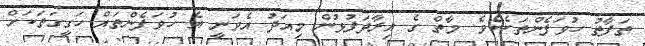
ތަފާތު ހުވަފެންތަކެކެވެ. މާތް ގެ އިރާދަފުޅުން މިއަދު އެވަނީ އެ ހުވަފެންތައް ހަގީގަތަކަށް